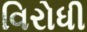
વિરોધી